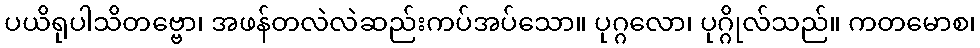
ပယိရုပါသိတဗ္ဗော၊ အဖန်တလဲလဲဆည်းကပ်အပ်သော။ ပုဂ္ဂလော၊ ပုဂ္ဂိုလ်သည်။ ကတမောစ၊